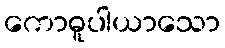
ကောဓူပါယာသော